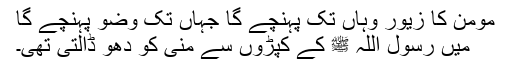
مومن کا زیور وہاں تک پہنچے گا جہاں تک وضو پہنچے گا
میں رسول اللہ ﷺ کے کپڑوں سے منی کو دھو ڈالتی تھی۔